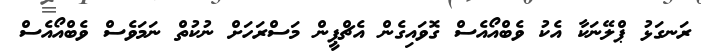
ރަނގަޅު ޕްލޭނަކާ އެކު ވެބްއޯއެސް ގޮވައިގެން އެޗްޕީން މަސްރަހަށް ނުކުތް ނަމަވެސް ވެބްއޯއެސް